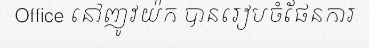
Office នៅញូវយ៉ក បានរៀបចំផែនការ